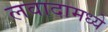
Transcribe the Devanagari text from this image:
लवादामध्ये